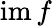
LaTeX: \operatorname{im}f